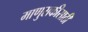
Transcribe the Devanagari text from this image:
माणुसकीसाठी